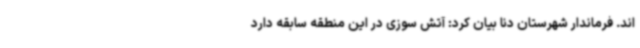
اند. فرماندار شهرستان دنا بیان کرد: آتش سوزی در این منطقه سابقه دارد